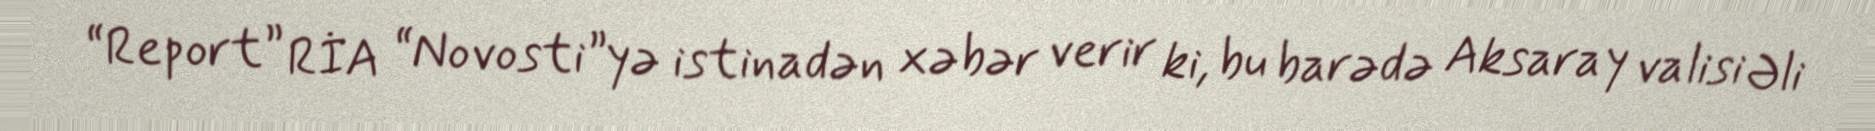
“Report” RİA “Novosti”yə istinadən xəbər verir ki, bu barədə Aksaray valisi Əli